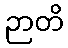
ဉာတိ